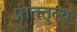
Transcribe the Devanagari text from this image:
प्रांततुल्य